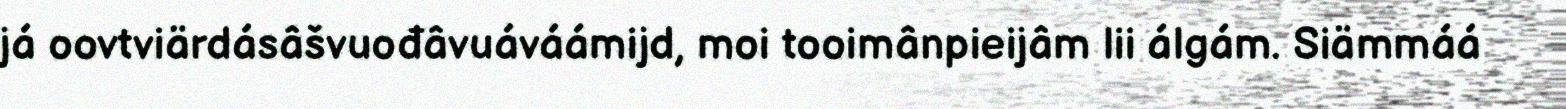
já oovtviärdásâšvuođâvuáváámijd, moi tooimânpieijâm lii álgám. Siämmáá